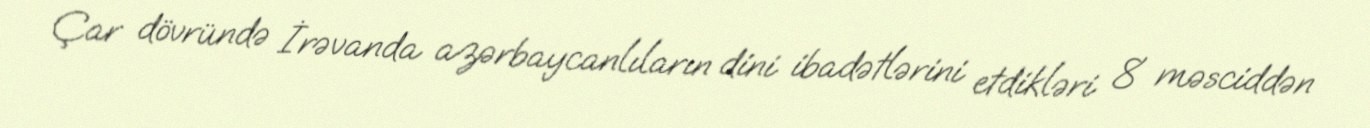
Çar dövründə İrəvanda azərbaycanlıların dini ibadətlərini etdikləri 8 məsciddən